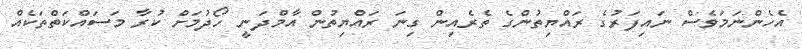
އެހެންނަމަވެސް ނައިފަރުގެ ރައްޔިތުންގެ ތެރެއިން ގިނަ ރައްޔިތުން އާމްދަނީ ހޯދުމަށް ކުރާ މަސައްކަތްތަކެއް